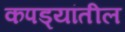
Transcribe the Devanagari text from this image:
कपड्यांतील